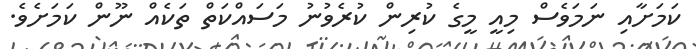
ކަމަށާއި ނަމަވެސް މިއީ މީގެ ކުރިން ކުރެވުނު މަސައްކަތް ތަކެއް ނޫން ކަމަށެވެ.